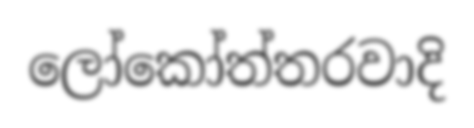
ලෝකෝත්තරවාදි